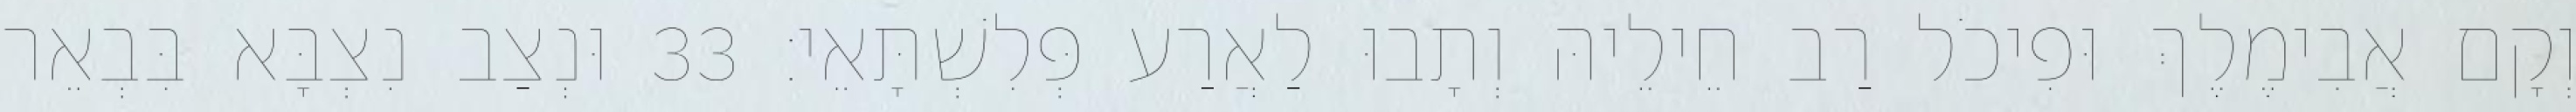
וְקָם אֲבִימֶלֶךְ וּפִיכֹל רַב חֵילֵיהּ וְתָבוּ לַאֲרַע פְּלִשְׁתָּאֵי׃ 33 וּנְצַב נִצְבָּא בִּבְאֵר